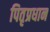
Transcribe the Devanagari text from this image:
पितृप्रधान